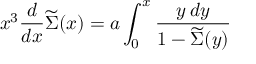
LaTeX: x ^ { 3 } { \frac { d } { d x } } \widetilde \Sigma ( x ) = a \int _ { 0 } ^ { x } { \frac { y \, d y } { 1 - \widetilde \Sigma ( y ) } }